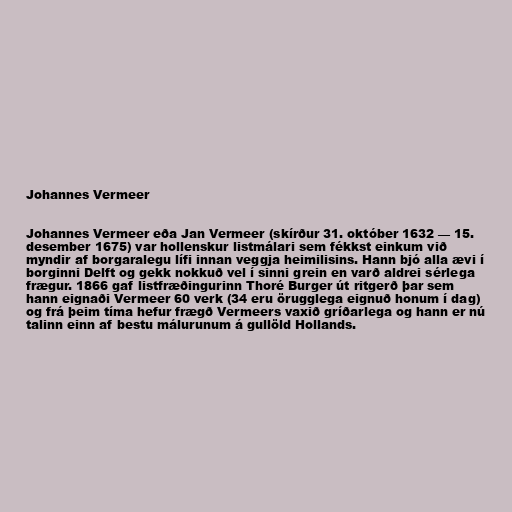
Johannes Vermeer

Johannes Vermeer eða Jan Vermeer (skírður 31. október 1632 — 15.
desember 1675) var hollenskur listmálari sem fékkst einkum við
myndir af borgaralegu lífi innan veggja heimilisins. Hann bjó alla ævi í
borginni Delft og gekk nokkuð vel í sinni grein en varð aldrei sérlega
frægur. 1866 gaf listfræðingurinn Thoré Burger út ritgerð þar sem
hann eignaði Vermeer 60 verk (34 eru örugglega eignuð honum í dag)
og frá þeim tíma hefur frægð Vermeers vaxið gríðarlega og hann er nú
talinn einn af bestu málurunum á gullöld Hollands.